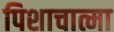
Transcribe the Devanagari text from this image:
पिशाचात्मा